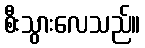
စီးသွားလေသည်။